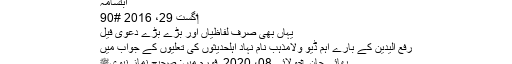
ابتسامہ
‏اگست 29، 2016 #90
یہاں بھی صرف لفاظیاں اور بڑے بڑے دعوی فیل
رفع الیدین کے بارے اہم ڈیو ولامذہب نام نہاد اہلحدیثوں کی تعلیوں کے جواب میں
بھائی جان, ‏جولائی 08، 2020, فورم میں: صحیح نماز نبویﷺ